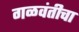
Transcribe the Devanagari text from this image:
गळवंतीचा